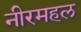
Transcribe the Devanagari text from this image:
नीरमहल